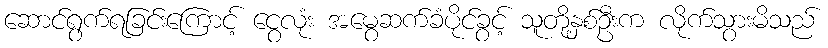
ဆောင်ရွက်ရခြင်းကြောင့် ငွေလုံး အမွေဆက်ခံပိုင်ခွင့် သူတို့နှစ်ဦးက လိုက်သွားမိသည်